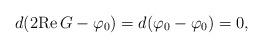
LaTeX: \begin{align*}d (2\mathrm{Re}\,G - \varphi_{0}) = d(\varphi_{0} - \varphi_{0}) = 0, \end{align*}